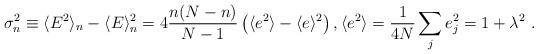
LaTeX: \begin{align*}\sigma_n^2\equiv \langle E^2\rangle_n-\langle E\rangle_n^2= 4\frac{n(N-n)}{N-1}\left ( \langle e^2\rangle-\langle e\rangle^2\right ),\langle e^2\rangle =\frac{1}{4N} \sum_j e_j^2= 1+\lambda^2\ .\end{align*}